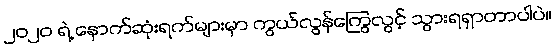
၂၀၂၀ ရဲ့ နောက်ဆုံးရက်များမှာ ကွယ်လွန်ကြွေလွင့် သွားရရှာတာပါပဲ။